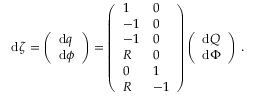
\begin{array} { r } { \mathrm { d } \boldsymbol { \zeta } = \left( \begin{array} { l } { \mathrm { d } \boldsymbol { q } } \\ { \mathrm { d } \boldsymbol { \phi } } \end{array} \right) = \left( \begin{array} { l l } { 1 } & { 0 } \\ { - 1 } & { 0 } \\ { - 1 } & { 0 } \\ { R } & { 0 } \\ { 0 } & { 1 } \\ { R } & { - 1 } \end{array} \right) \left( \begin{array} { l } { \mathrm { d } Q } \\ { \mathrm { d } \Phi } \end{array} \right) \, . } \end{array}